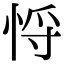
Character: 𢚃